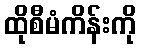
ထိုစီမံကိန်းကို